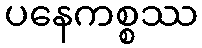
ပနေကစ္စဿ